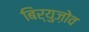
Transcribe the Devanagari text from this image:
बिर्युज़ोव